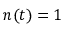
n ( t ) = 1